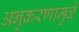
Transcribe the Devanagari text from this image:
अनुकरणामुळे